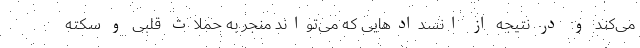
می‌کند و در نتیجه از انسدادهایی که می‌تواند منجر به حملات قلبی و سکته